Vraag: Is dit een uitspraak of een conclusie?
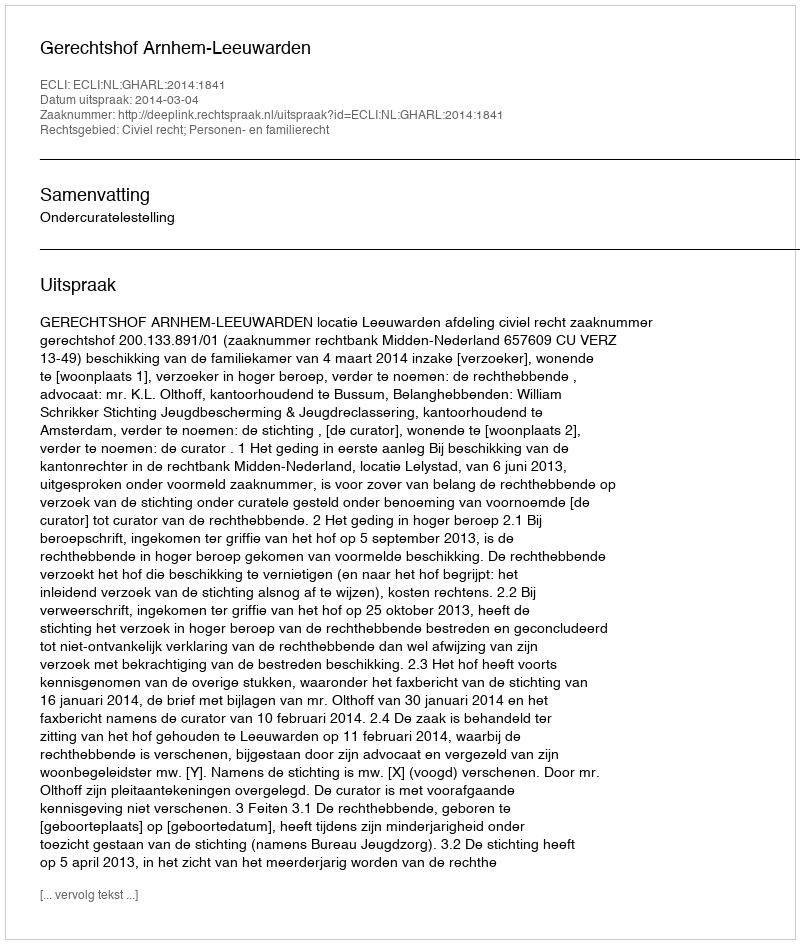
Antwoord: Uitspraak